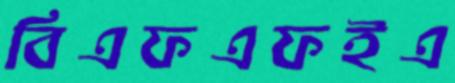
বিএফএফইএ